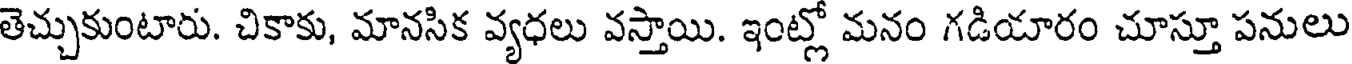
తెచ్చుకుంటారు. చికాకు, మానసిక వ్యధలు వస్తాయి. ఇంట్లో మనం గడియారం చూస్తూ పనులు